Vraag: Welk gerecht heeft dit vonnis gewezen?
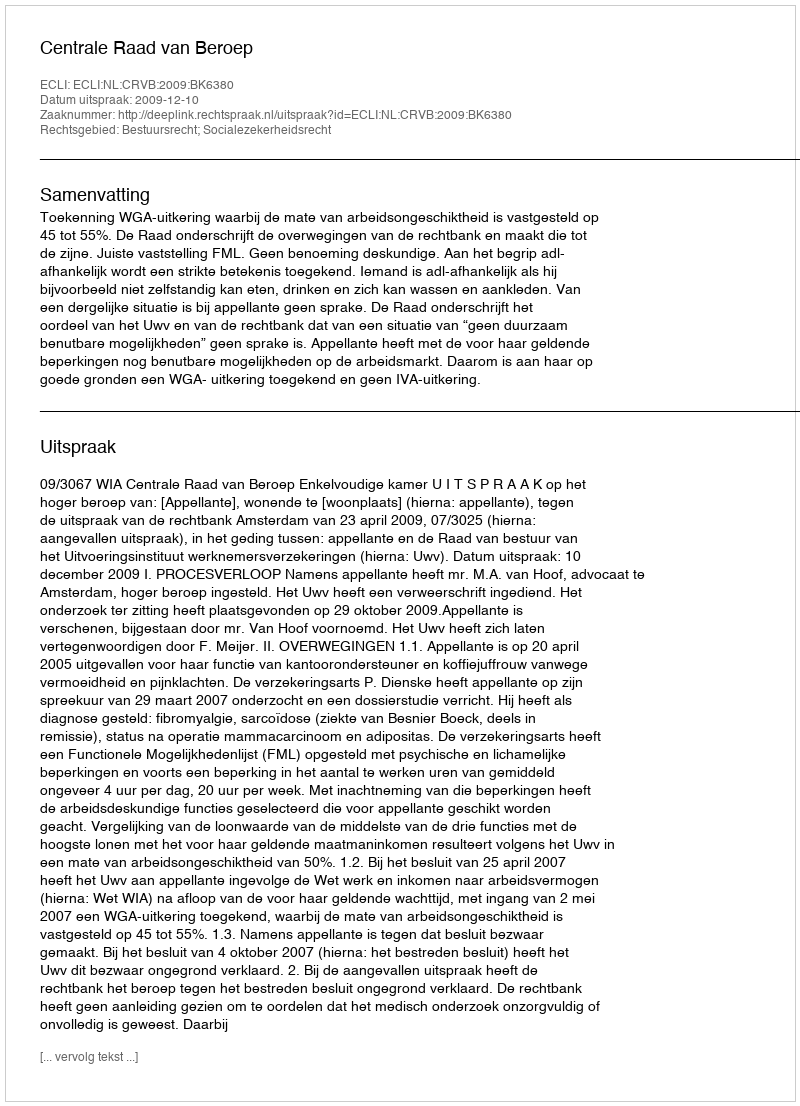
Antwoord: Centrale Raad van Beroep